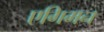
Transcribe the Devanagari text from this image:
एगिमन